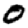
Digit: 0